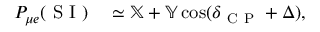
\begin{array} { r l } { P _ { \mu e } ( \mathrm { ~ S ~ I ~ } ) } & { { } \simeq \mathbb { X } + \mathbb { Y } \cos ( \delta _ { \mathrm { ~ C ~ P ~ } } + \Delta ) , } \end{array}